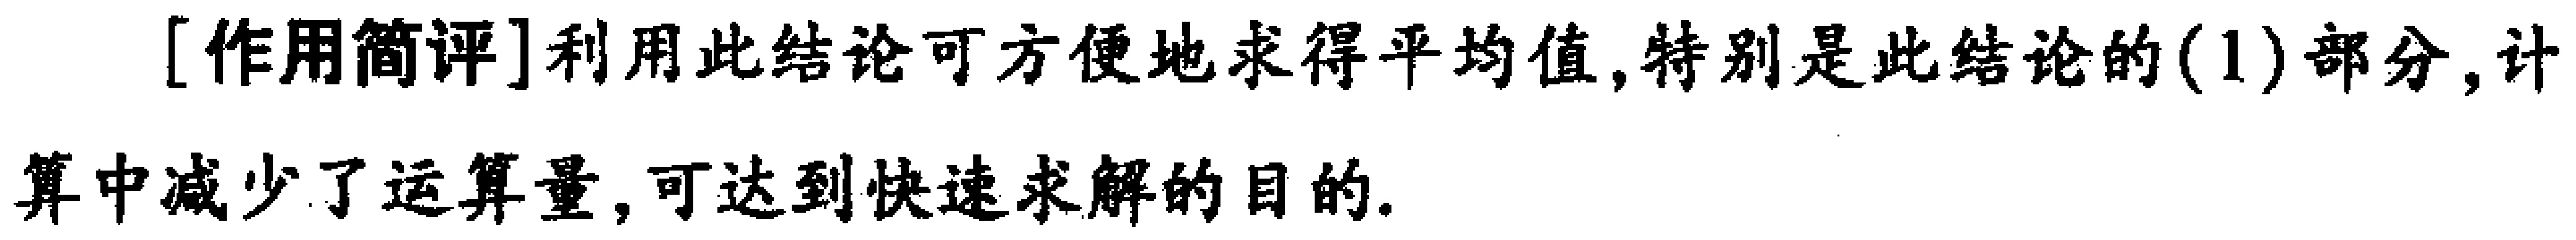
[作用简评]利用此结论可方便地求得平均值,特别是此结论的(1)部分,计算中减少了运算量,可达到快速求解的目的.